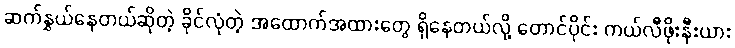
ဆက်နွှယ်နေတယ်ဆိုတဲ့ ခိုင်လုံတဲ့ အထောက်အထားတွေ ရှိနေတယ်လို့ တောင်ပိုင်း ကယ်လီဖိုးနီးယား